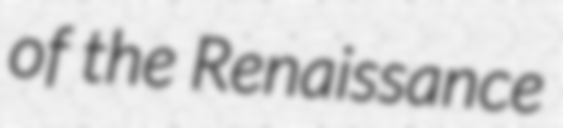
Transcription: of the Renaissance